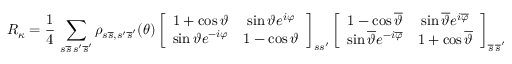
{ \cal R } _ { \kappa } = \frac { 1 } { 4 } \, \sum _ { s \overline { { s } } \, s ^ { \prime } \overline { { s } } ^ { \prime } } \rho _ { s \overline { { s } } , s ^ { \prime } \overline { { s } } ^ { \prime } } ( \theta ) \left[ \begin{array} { c c } { { 1 + \cos \vartheta } } & { { \sin \vartheta e ^ { i \varphi } } } \\ { { \sin \vartheta e ^ { - i \varphi } } } & { { 1 - \cos \vartheta } } \end{array} \right] _ { s s ^ { \prime } } \left[ \begin{array} { c c } { { 1 - \cos \overline { { \vartheta } } } } & { { \sin \overline { { \vartheta } } e ^ { i \overline { { \varphi } } } } } \\ { { \sin \overline { { \vartheta } } e ^ { - i \overline { { \varphi } } } } } & { { 1 + \cos \overline { { \vartheta } } } } \end{array} \right] _ { \overline { { s } } \, \overline { { s } } ^ { \prime } } ,